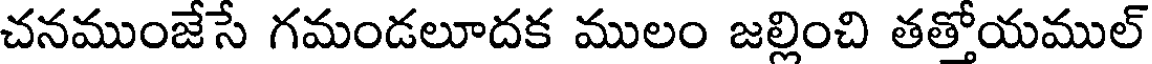
చనముంజేసే గమండలూదక ములం జల్లించి తత్తోయముల్